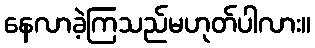
နေလာခဲ့ကြသည်မဟုတ်ပါလား။